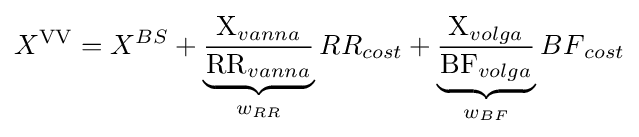
X^{\rm {VV}}=X^{BS}+\underbrace {\frac {{\textrm {X}}_{vanna}}{{\textrm {RR}}_{vanna}}} _{w_{RR}}{RR}_{cost}+\underbrace {\frac {{\textrm {X}}_{volga}}{{\textrm {BF}}_{volga}}} _{w_{BF}}{BF}_{cost}